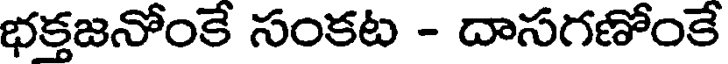
భక్తజనోంకే సంకట - దాసగణోంకే